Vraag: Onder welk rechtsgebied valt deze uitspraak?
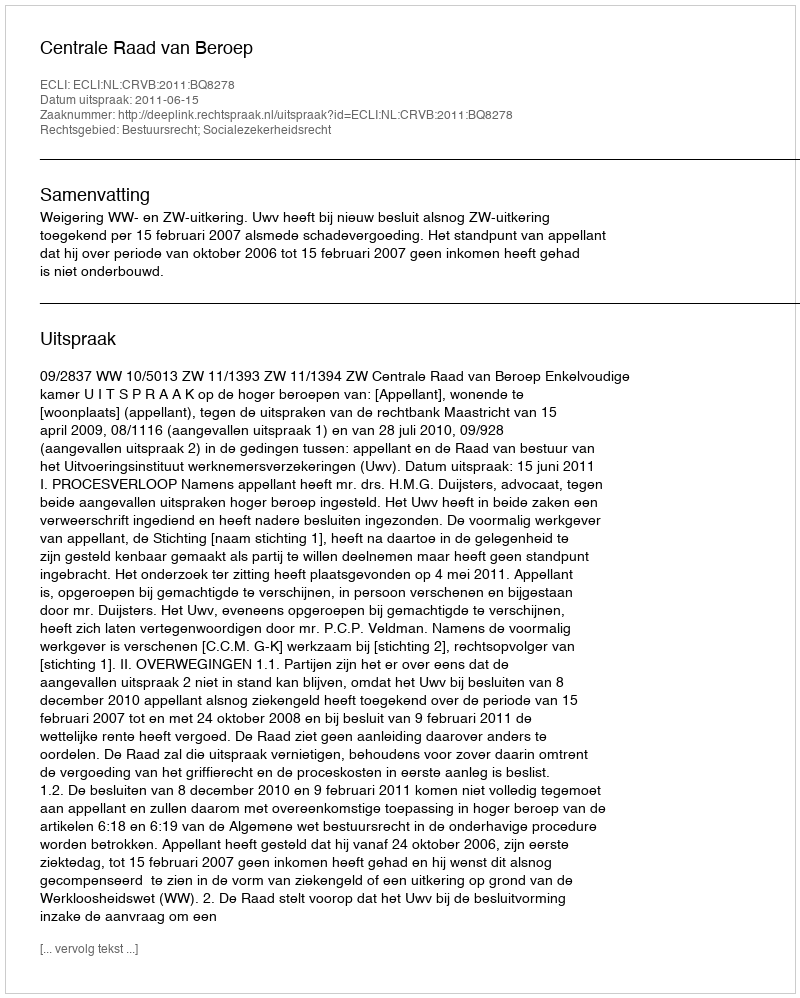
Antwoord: Bestuursrecht; Socialezekerheidsrecht